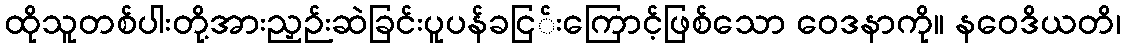
ထိုသူတစ်ပါးတို့အားညှဉ်းဆဲခြင်းပူပန်ခငြ်းကြောင့်ဖြစ်သော ဝေဒနာကို။ နဝေဒိယတိ၊